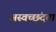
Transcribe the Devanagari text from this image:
अस्वच्छंदता